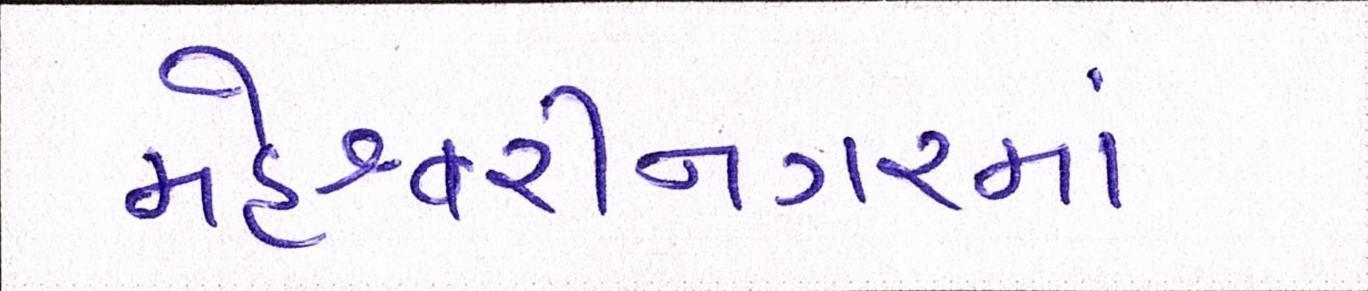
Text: મહેશ્વરીનગરમાં